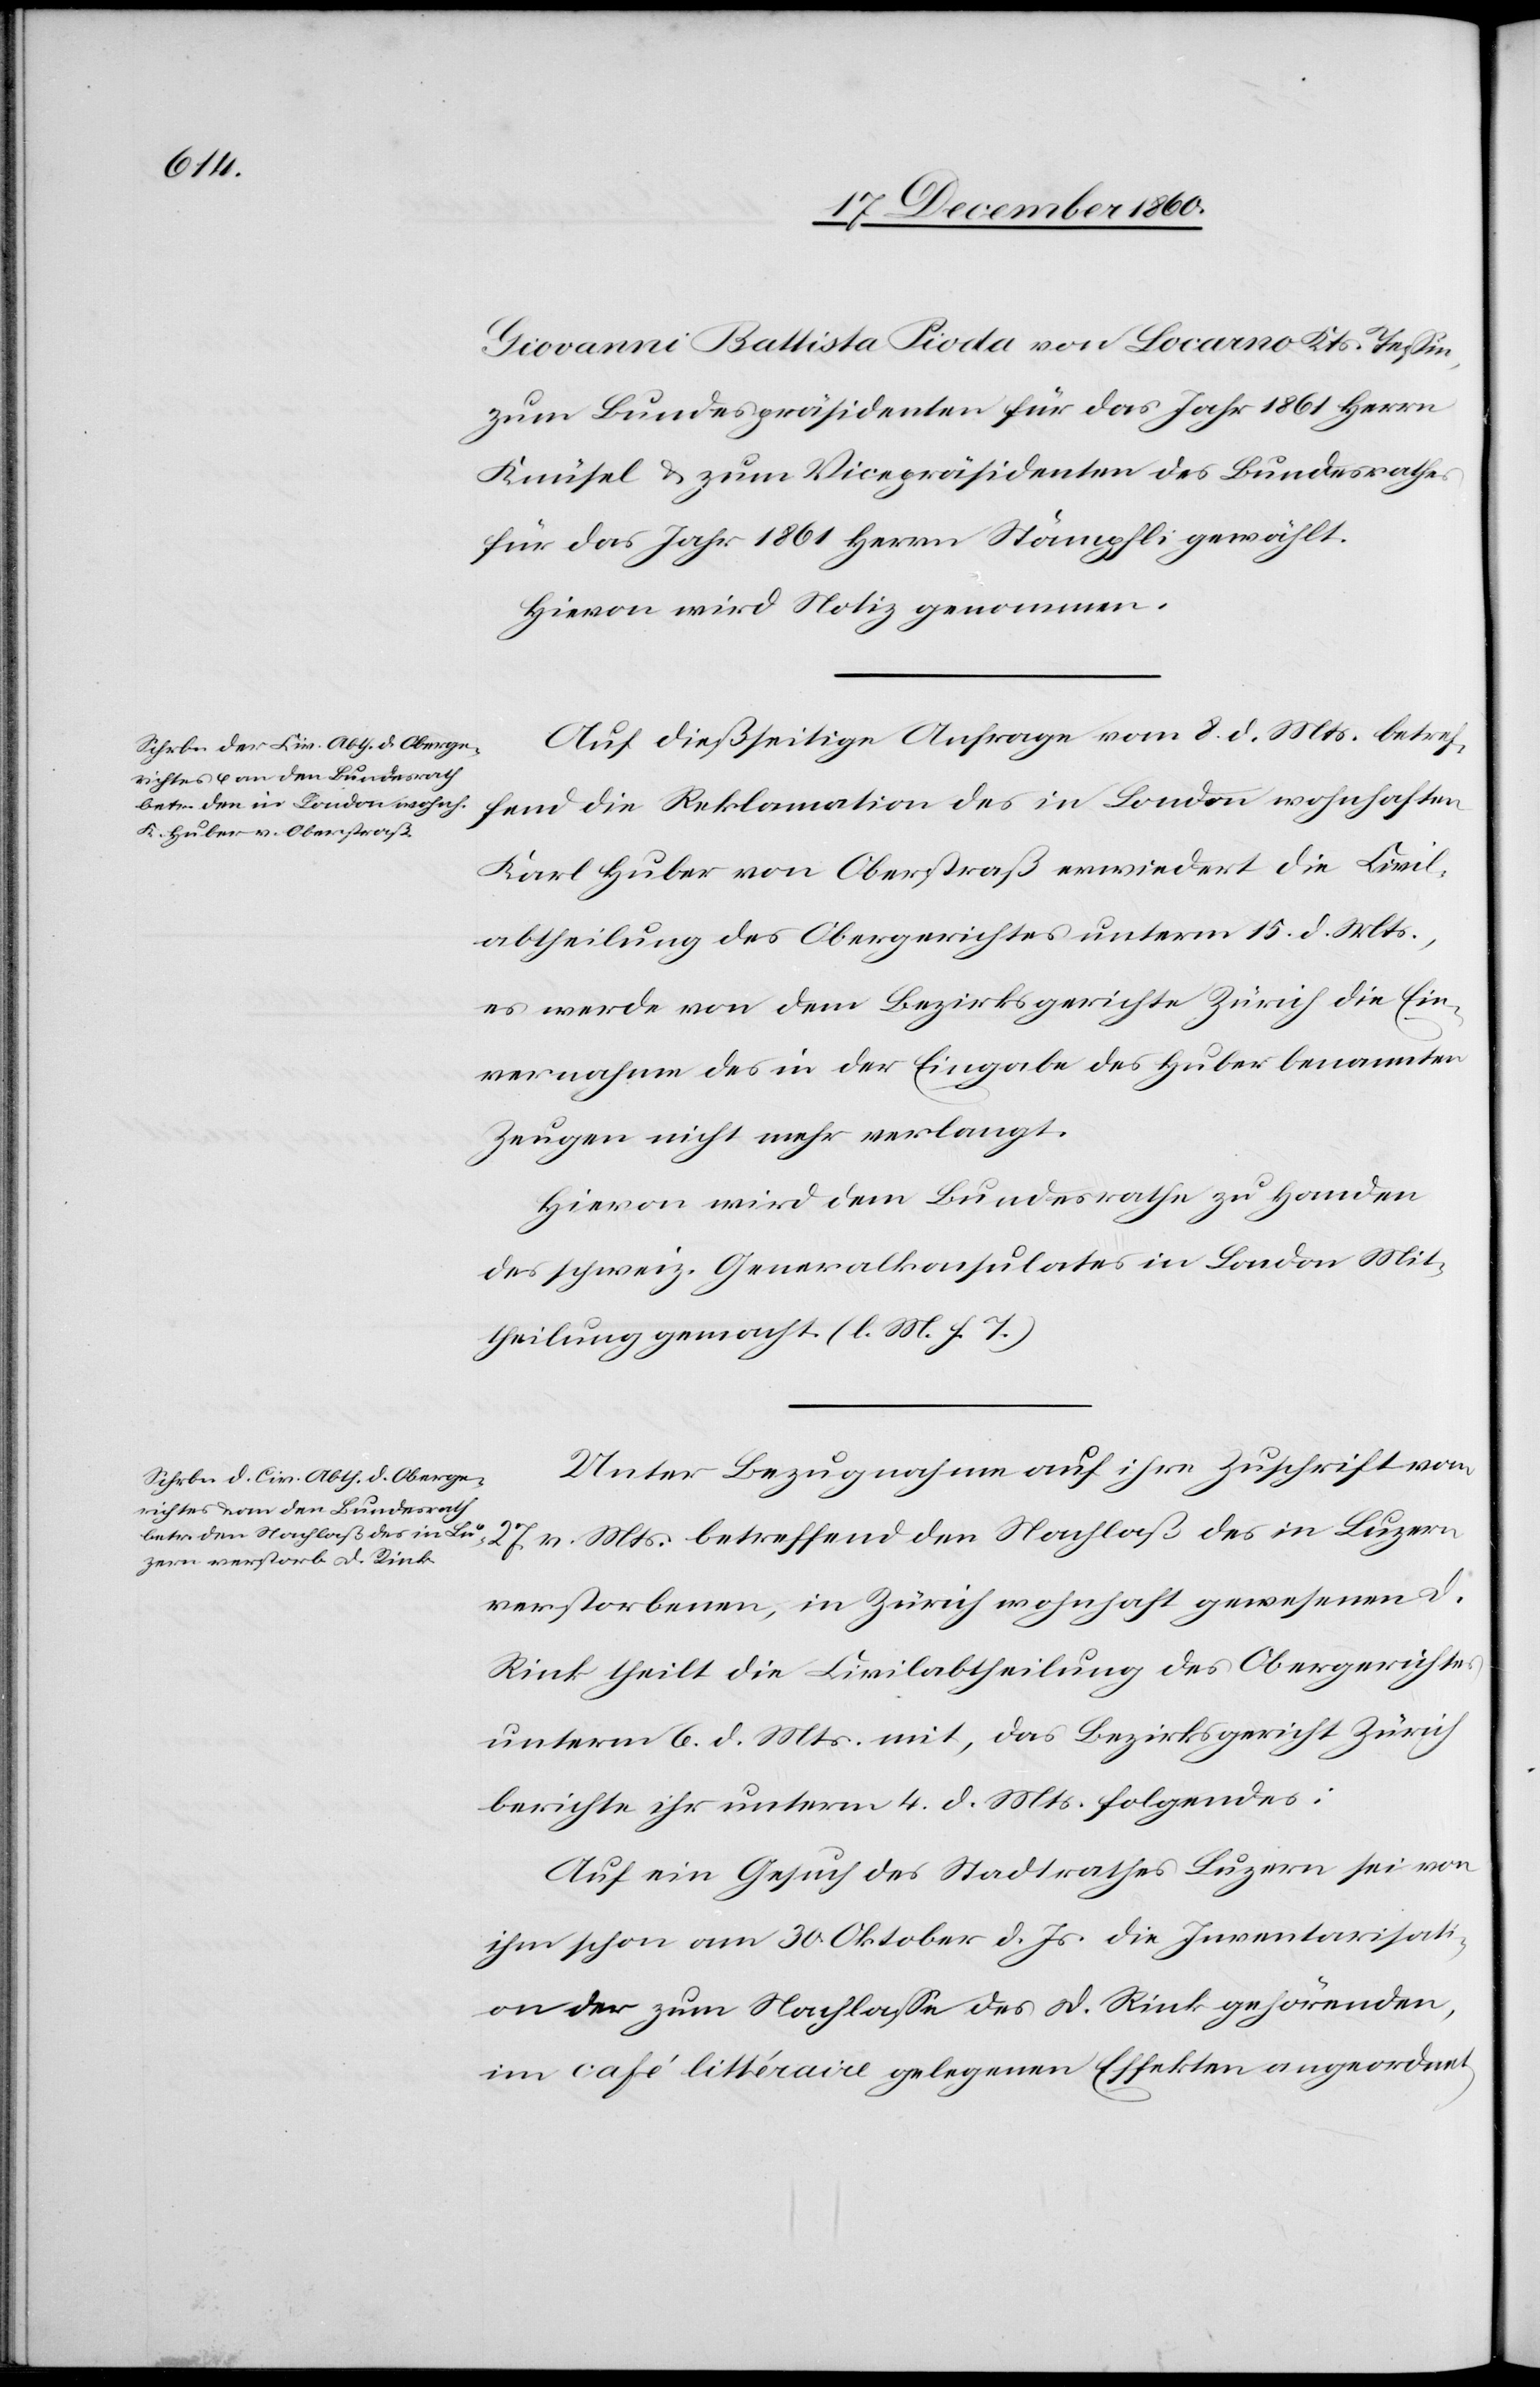
Giovanni Battista Pioda von Locarno Kts. Tessin,
zum Bundespräsidenten für das Jahr 1861 Herrn
Knüsel u. zum Vicepräsidenten des Bundesrathes
für das Jahr 1861 Herrn Stämpfli gewählt.
Hievon wird Notiz genommen.
Auf dießseitige Anfrage vom 8. d. Mts. betref¬
fend die Reklamation des in London wohnhaften
Karl Huber von Oberstraß erwiedert die Civil¬
abtheilung des Obergerichtes unterm 15. d. Mts.,
es werde von dem Bezirksgerichte Zürich die Ein¬
vernahme des in der Eingabe des Huber benannten
Zeugen nicht mehr verlangt.
Hievon wird dem Bundesrathe zu Handen
des schweiz. Generalkonsulates in London Mit¬
theilung gemacht. (l. M. h. T.)
Unter Bezugnahme auf ihre Zuschrift vom
27. v. Mts. betreffend den Nachlaß des in Luzern
verstorbenen, in Zürich wohnhaft gewesenen D.
Rink theilt die Civilabtheilung des Obergerichtes
unterm 6. d. Mts. mit, das Bezirksgericht Zürich
berichte ihr unterm 4. d. Mts. folgendes:
Auf ein Gesuch des Stadtrathes Luzern sei von
ihm schon am 30. Oktober d. Js. die Inventarisat¬
ion der zum Nachlasse des D. Rink gehörenden,
im café littéraire gelegenen Effekten angeordnet,